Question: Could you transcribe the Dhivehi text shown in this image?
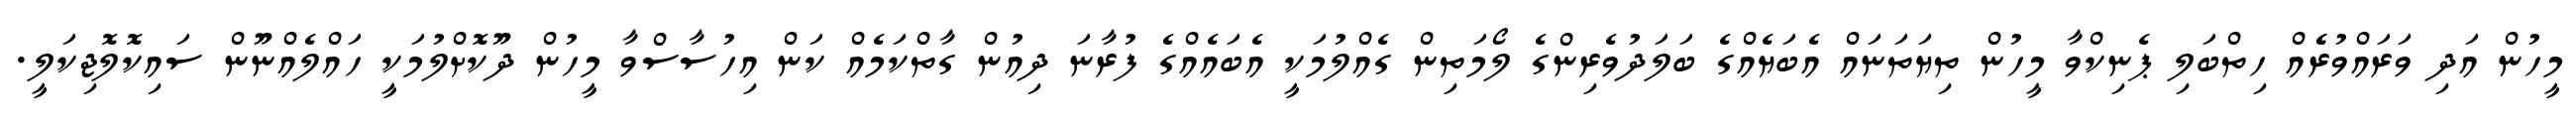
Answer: މީހުން އަދި ވަރައްވުރެެއް ހިތްބަލި ޕެނިކްވާ މީހުން ތިޔަތަނައް އެބަޔެއްގެ ބަލަދުވެރިންގެ ލޯމަތިން ގެއްލުމަކީ އެބައެއްގެ ފުރާނަ ދިއުން ގާތްކަމެއް ކަން އިހުސާސްވާ މީހުން ދޫކޮށްލުމަކީ ހައްލެއްނޫން ސައިކޮލޮޖިކަލީ.